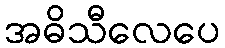
အဓိသီလေပေ